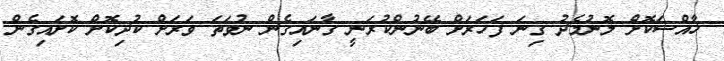
ޚާއްސަކޮށް ލޮނުމެދު ގިނަ ފަހަރަށް ބޭނުންކުރަނީ ގާނައިގެން ނުވަތަ ވަރަށް ކުދިކޮށް ކޮށައިގެން